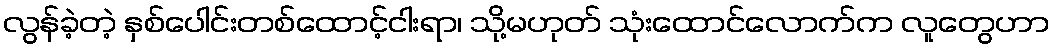
လွန်ခဲ့တဲ့ နှစ်ပေါင်းတစ်ထောင့်ငါးရာ၊ သို့မဟုတ် သုံးထောင်လောက်က လူတွေဟာ